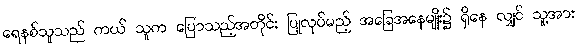
ရေနစ်သူသည် ကယ် သူက ပြောသည့်အတိုင်း ပြုလုပ်မည့် အခြေအနေမျိုး၌ ရှိနေ လျှင် သူ့အား